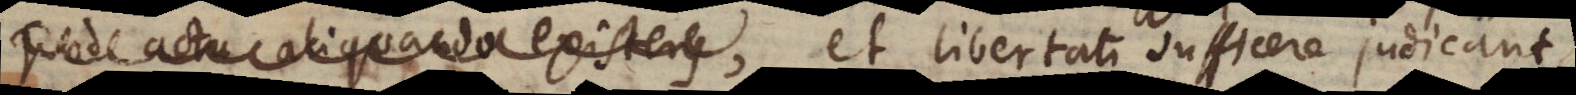
quod actu aliquando existens, libertati sufficere judicant,